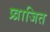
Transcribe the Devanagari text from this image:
प्र्व्राजित